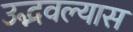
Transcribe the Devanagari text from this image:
उद्भवल्यास